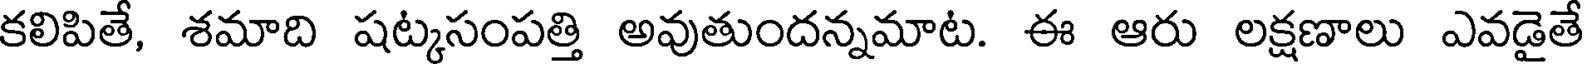
కలిపితే, శమాది షట్కసంపత్తి అవుతుందన్నమాట. ఈ ఆరు లక్షణాలు ఎవడైతే